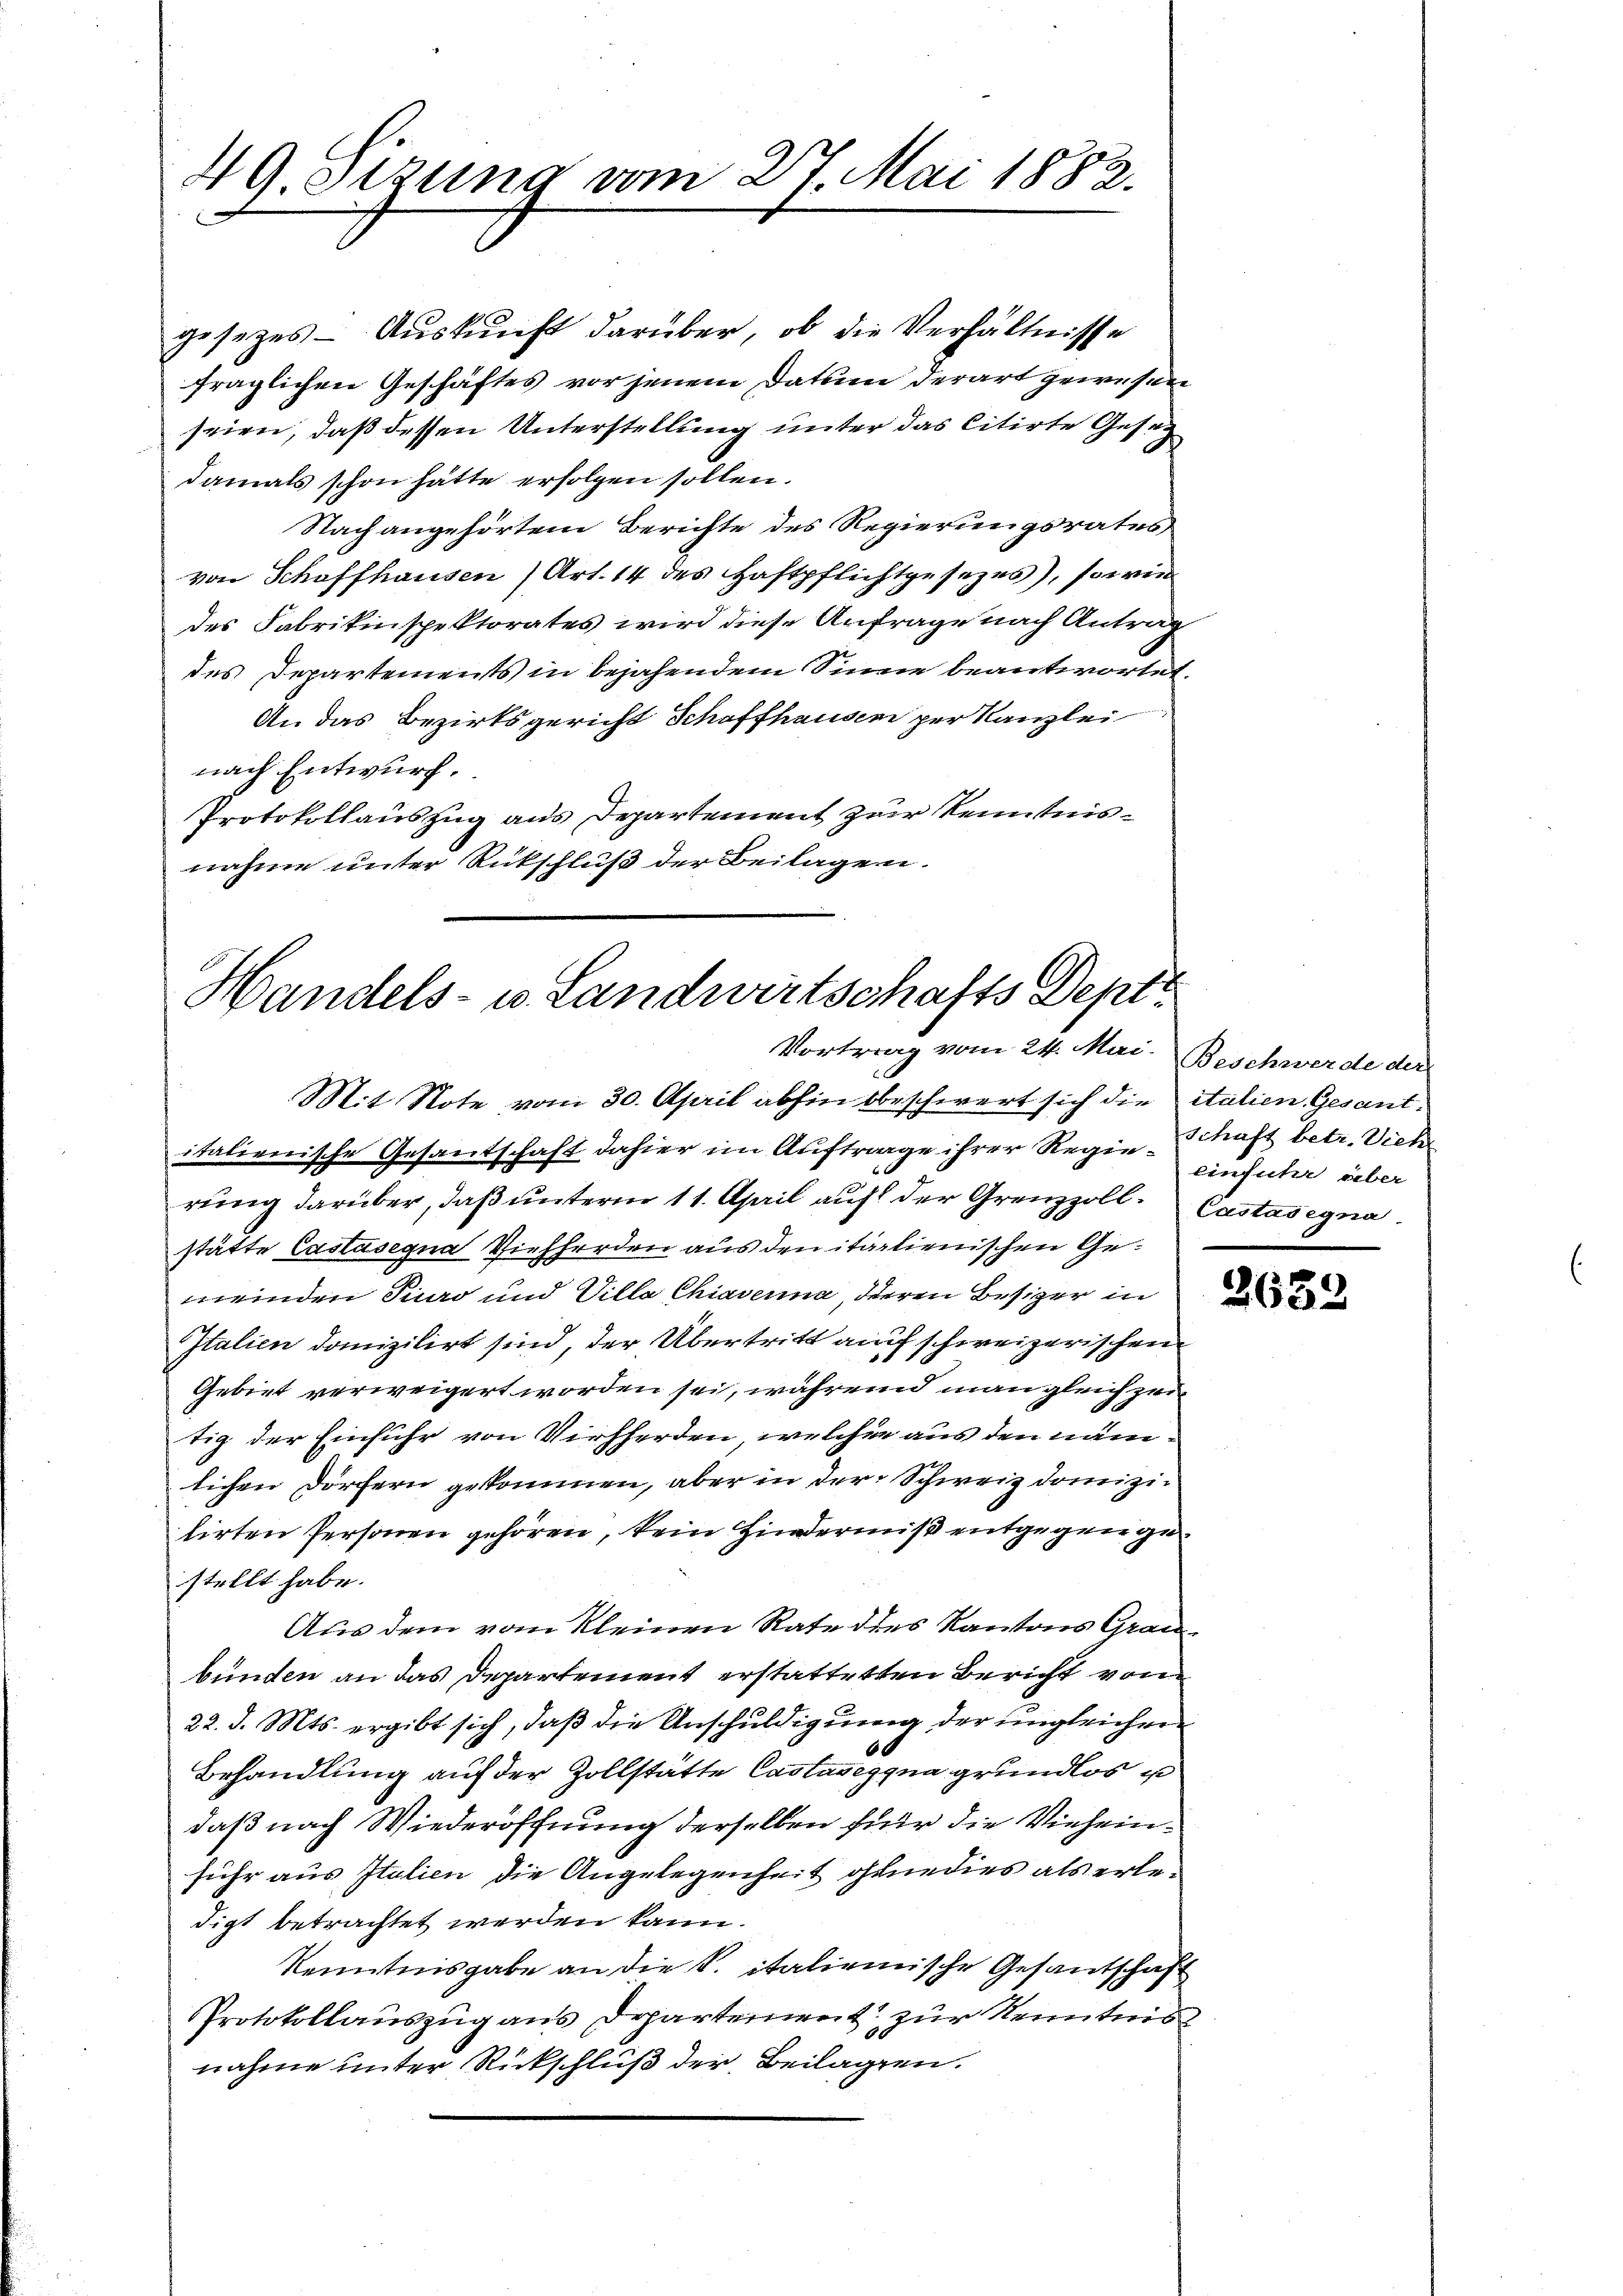
49 Sizung vom 27. Mai 1882.

Handels- u. Landwirtschafts Dept.
Vortrag vom 24. Mai. Beschwerde der
Mit Note vom 30. April abhin beschwert sich die italien Gesant¬

gesetzes - Auskunft darüber, ob die Verhältnisse
fraglichen Geschäftes vor jenem Datum derart gewesen
seien, daß dessen Unterstellung unter das Citirte Gesez
damals schon hätte erfolgen sollen.
Nach angehörtem Berichte des Regierungsrates
von Schaffhausen (Art. 14 des Haftpflichtgesezes), sowie
des Fabrikinspektorates wird diese Anfrage nach Antrag
des Departements in bejahendem Sinne beantwortet.
An das Bezirksgericht Schaffhausen per Kanzlei
nach Entwurf.
Protokollauszug aus Departement zur Kenntnisnahme unter Rückschluß der Beilagen.

italienische Gesantschaft dahier im Auftrage ihrer Regie-Schaft betr. Viehe
rung darüber, daß unterm 11. April auf der Grenzzoll. Castasignastätte Castasegna Viehherden aus den italienischen Gemeinden Piuro und Villa Chiaverna, dieren Besizer in
Italien domizilirt sind, der Übertritt auf schweizerischen
Gebiet verweigert worden sei, während man gleichzei
tig der Einfuhr von Viehherden, welcher aus den nämlichen Dörfern gekommen, aber in der Schweiz domizilirten Personen gehören, kein Hinderniß entgegen gestellt habe.
Aus dem vom Kleinen Rate dies Kantons Graubünden an das Departement erstatteten Bericht von
22. d. Mts. ergibt sich, daß die Anschuldigung der ungleicher
Behandlung auf der Zollstätte Castaseggna grundlos u
daß nach Wiederöffnung derselben für die Vieheinführ aus Italien die Angelegenheit ohnne dies als erledigt betrachtet werden kann.
Kenntnisgabe an die S. italienische Gesandschaft
Protokollauszug aus Departement zur Kenntnis
nahme unter Rückschluß der Beilagen.

einfuhr über

2632